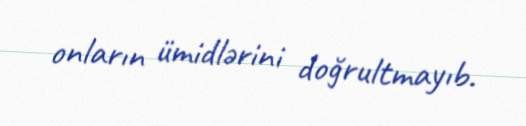
onların ümidlərini doğrultmayıb.